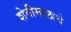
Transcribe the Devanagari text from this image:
शेतीमालाचे